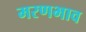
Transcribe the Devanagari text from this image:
मरणभाव